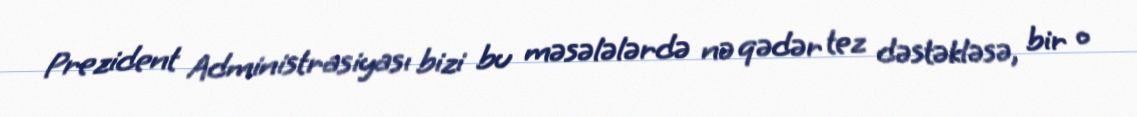
Prezident Administrasiyası bizi bu məsələlərdə nə qədər tez dəstəkləsə, bir o